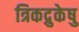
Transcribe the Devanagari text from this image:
त्रिकद्रुकेषु